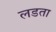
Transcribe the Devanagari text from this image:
लडता